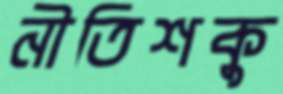
নীতিশকু